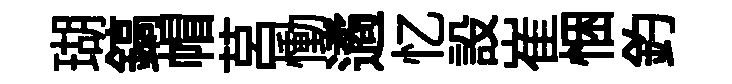
瑚鎬帽莒慟遹忆設崔悃釣